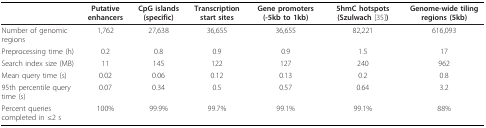
<table><thead><tr><td>[EMPTY_CELL]</td><td><b>Putative enhancers</b></td><td><b>CpG islands (specific)</b></td><td><b>Transcription start sites</b></td><td><b>Gene promoters (-5kb to 1kb)</b></td><td><b>5hmC hotspots (Szulwach [35])</b></td><td><b>Genome-wide tiling regions (5kb)</b></td></tr></thead><tbody><tr><td>Number of genomic regions</td><td>1,762</td><td>27,638</td><td>36,655</td><td>36,655</td><td>82,221</td><td>616,093</td></tr><tr><td>Preprocessing time (h)</td><td>0.2</td><td>0.8</td><td>0.9</td><td>0.9</td><td>1.5</td><td>17</td></tr><tr><td>Search index size (MB)</td><td>11</td><td>145</td><td>122</td><td>127</td><td>240</td><td>962</td></tr><tr><td>Mean query time (s)</td><td>0.02</td><td>0.06</td><td>0.12</td><td>0.13</td><td>0.2</td><td>0.8</td></tr><tr><td>95th percentile query time (s)</td><td>0.07</td><td>0.34</td><td>0.5</td><td>0.57</td><td>0.64</td><td>3.2</td></tr><tr><td>Percent queries completed in ≤2 s</td><td>100%</td><td>99.9%</td><td>99.7%</td><td>99.1%</td><td>99.1%</td><td>88%</td></tr></tbody></table>